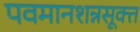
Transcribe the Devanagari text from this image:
पवमानशन्नसूक्त